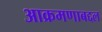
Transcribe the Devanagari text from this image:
आक्रमणाबद्दल